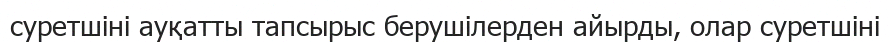
суретшіні ауқатты тапсырыс берушілерден айырды, олар суретшіні